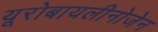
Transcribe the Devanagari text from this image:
यूरोबायलीनोजेन